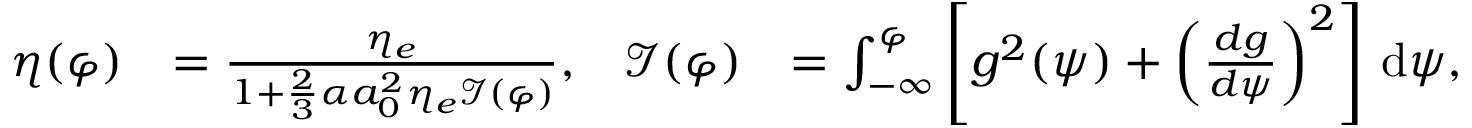
\begin{array} { r l r l } { \eta ( \varphi ) } & { = \frac { \eta _ { e } } { 1 + \frac { 2 } { 3 } \alpha a _ { 0 } ^ { 2 } \eta _ { e } \mathcal { I } ( \varphi ) } , } & { \mathcal { I } ( \varphi ) } & { = \int _ { - \infty } ^ { \varphi } \left[ g ^ { 2 } ( \psi ) + \left( \frac { d g } { d \psi } \right) ^ { 2 } \right] \, \mathrm { d } \psi , } \end{array}